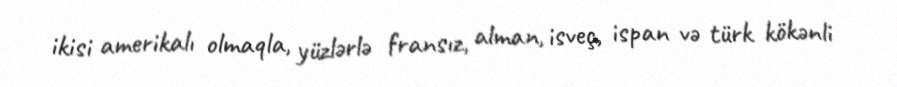
ikisi amerikalı olmaqla, yüzlərlə fransız, alman, isveç, ispan və türk kökənli